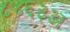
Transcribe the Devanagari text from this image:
८४६३अ